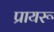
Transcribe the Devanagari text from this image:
प्रायरू